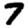
Digit: 7